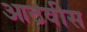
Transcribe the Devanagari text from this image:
आठवीस